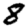
Digit: 8